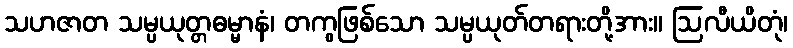
သဟဇာတ သမ္ပယုတ္တဓမ္မာနံ၊ တကွဖြစ်သော သမ္ပယုတ်တရားတို့အား။ ဩလီယိတုံ၊